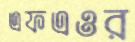
এফএওর